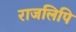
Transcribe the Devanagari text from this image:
राजलिपि